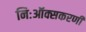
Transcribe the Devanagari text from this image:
निःऑक्सकरणी